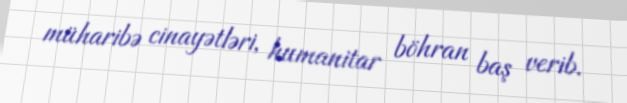
müharibə cinayətləri, humanitar böhran baş verib.